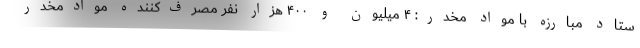
ستاد مبارزه با مواد مخدر: ۴ میلیون و ۴۰۰ هزار نفر مصرف‌کننده موادمخدر